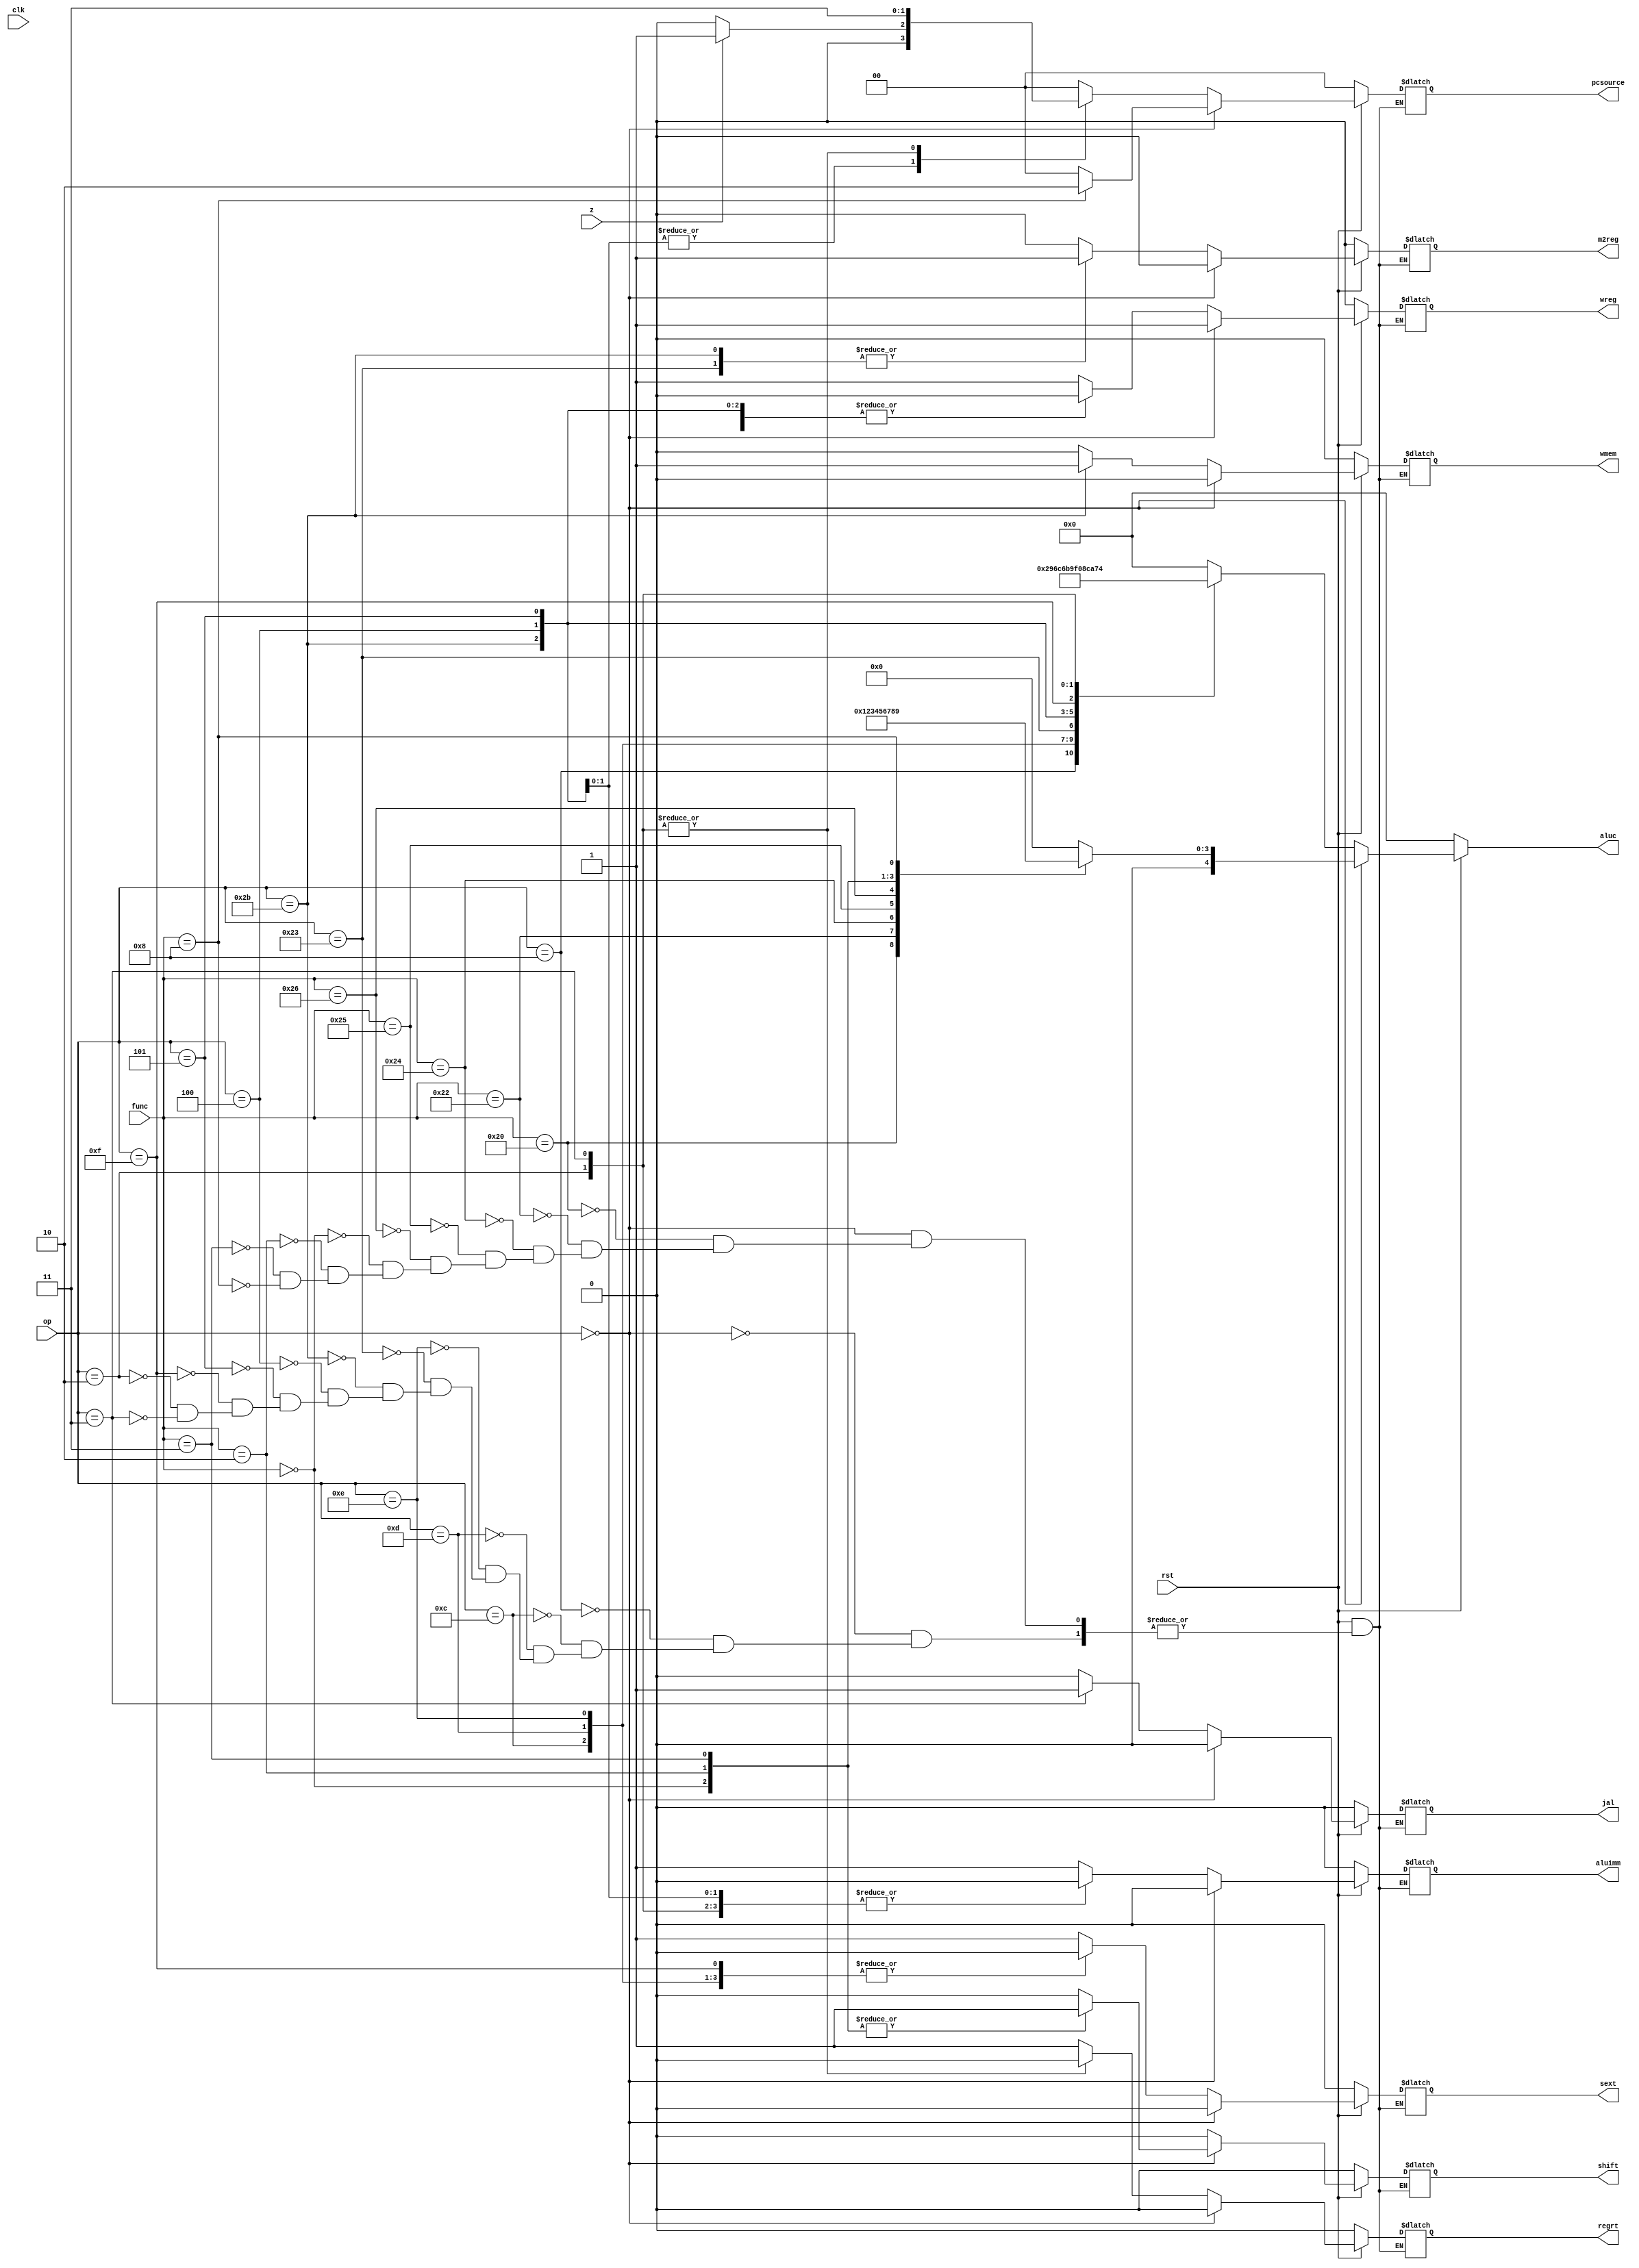
//////////////////////////////////////////////////////////////////////////////////
// Module Name: contorl
//////////////////////////////////////////////////////////////////////////////////

module contorl(
    input clk,rst,
    input [5:0] op,
    input [5:0] func,
    input z,
    output m2reg,
	output [1:0] pcsource,
	output wmem,
	output [4:0] aluc,
	output shift,
	output aluimm,
	output wreg,
	output sext,
	output jal,
	output regrt
 );
    reg m2reg_i, wmem_i, shift_i, aluimm_i, wreg_i, sext_i, jal_i, regrt_i;
	reg [1:0] pcsource_i;
	reg [4:0] aluc_i;
	
	//
	always @(*) begin
	  if(!rst) begin
	    m2reg_i <=0; 
		wmem_i <=0;
		shift_i <=0;
		aluimm_i <=0;
		wreg_i <=0;
		sext_i <=0;
		jal_i <=0;
		regrt_i <=0;
		pcsource_i <=0;
		aluc_i <=0;
	  end
	  
	 //R-type
	  else if(op == 'd0)begin
		case(func)
		//add
		6'b100000: begin
			aluc_i <= 6'd1;
			wreg_i <= 1'b1;
			pcsource_i <= 'd0;
			m2reg_i <= 1'b0;
			shift_i <= 1'b0;
			wmem_i <= 1'b0;
			aluimm_i <= 1'b0;
			sext_i <= 1'b0;
			jal_i <= 1'b0;
			regrt_i <= 1'b0;
			end
		//sub
		6'b100010: begin
			aluc_i <= 6'd2;
			wreg_i <= 1'b1;
			pcsource_i <= 'd0;
			m2reg_i <= 1'b0;
			shift_i <= 1'b0;
			wmem_i <= 1'b0;
			aluimm_i <= 1'b0;
			sext_i <= 1'b0;
			jal_i <= 1'b0;
			regrt_i <= 1'b0;
			end
		//and
		6'b100100: begin
			aluc_i <= 6'd3;
			wreg_i <= 1'b1;
			pcsource_i <= 'd0;
			m2reg_i <= 1'b0;
			shift_i <= 1'b0;
			wmem_i <= 1'b0;
			aluimm_i <= 1'b0;
			sext_i <= 1'b0;
			jal_i <= 1'b0;
			regrt_i <= 1'b0;
			end
		//or
		6'b100101: begin
			aluc_i <= 6'd4;
			wreg_i <= 1'b1;
			pcsource_i <= 'd0;
			m2reg_i <= 1'b0;
			shift_i <= 1'b0;
			wmem_i <= 1'b0;
			aluimm_i <= 1'b0;
			sext_i <= 1'b0;
			jal_i <= 1'b0;
			regrt_i <= 1'b0;
			end
		//xor
		6'b100110: begin
			aluc_i <= 6'd5;
			wreg_i <= 1'b1;
			pcsource_i <= 'd0;
			m2reg_i <= 1'b0;
			shift_i <= 1'b0;
			wmem_i <= 1'b0;
			aluimm_i <= 1'b0;
			sext_i <= 1'b0;
			jal_i <= 1'b0;
			regrt_i <= 1'b0;
			end
		//sll
		6'b000000: begin
			aluc_i <= 6'd6;
			wreg_i <= 1'b1;
			shift_i <= 1'b1;
			pcsource_i <= 'd0;
			m2reg_i <= 1'b0;
			wmem_i <= 1'b0;
			aluimm_i <= 1'b0;
			sext_i <= 1'b0;
			jal_i <= 1'b0;
			regrt_i <= 1'b0;
			end
		//srl
		6'b000010: begin
			aluc_i <= 6'd7;
			wreg_i <= 1'b1;
			shift_i <= 1'b1;
			pcsource_i <= 'd0;
			m2reg_i <= 1'b0;
			wmem_i <= 1'b0;
			aluimm_i <= 1'b0;
			sext_i <= 1'b0;
			jal_i <= 1'b0;
			regrt_i <= 1'b0;
			end
		//sra
		6'b000011: begin
			aluc_i <= 6'd8;
			wreg_i <= 1'b1;
			shift_i <= 1'b1;
			pcsource_i <= 'd0;
			m2reg_i <= 1'b0;
			wmem_i <= 1'b0;
			aluimm_i <= 1'b0;
			sext_i <= 1'b0;
			jal_i <= 1'b0;
			regrt_i <= 1'b0;
			end
		//jr
		6'b001000: begin
			aluc_i <= 6'd9;
			pcsource_i <= 'd2;
			wreg_i <= 1'b1;
			shift_i <= 1'b0;
			m2reg_i <= 1'b0;
			wmem_i <= 1'b0;
			aluimm_i <= 1'b0;
			sext_i <= 1'b0;
			jal_i <= 1'b0;
			regrt_i <= 1'b0;
			end
		//default
		default: aluc_i <= 6'd0;
		endcase
	  end
	  
	 //I-type
	  else begin
	    case(op)
		//addi
		6'b001000: begin
			aluc_i <= 6'd10;
			wreg_i <= 1'b1;
			aluimm_i <= 1'b1;
			regrt_i <= 1'b1;
			shift_i <= 1'b0;
			pcsource_i <= 'd0;
			m2reg_i <= 1'b0;
			wmem_i <= 1'b0;
			sext_i <= 1'b1;
			jal_i <= 1'b0;
			end
		//andi
		6'b001100: begin
			aluc_i <= 6'd11;
			wreg_i <= 1'b1;
			aluimm_i <= 1'b1;
			regrt_i <= 1'b1;
			shift_i <= 1'b0;
			pcsource_i <= 'd0;
			m2reg_i <= 1'b0;
			wmem_i <= 1'b0;
			sext_i <= 1'b0;
			jal_i <= 1'b0;
			end
		//ori
		6'b001101: begin
			aluc_i <= 6'd12;
			wreg_i <= 1'b1;
			aluimm_i <= 1'b1;
			regrt_i <= 1'b1;
			shift_i <= 1'b0;
			pcsource_i <= 'd0;
			m2reg_i <= 1'b0;
			wmem_i <= 1'b0;
			sext_i <= 1'b0;
			jal_i <= 1'b0;
			end
		//xori
		6'b001110: begin
			aluc_i <= 6'd13;
			wreg_i <= 1'b1;
			aluimm_i <= 1'b1;
			regrt_i <= 1'b1;
			shift_i <= 1'b0;
			pcsource_i <= 'd0;
			m2reg_i <= 1'b0;
			wmem_i <= 1'b0;
			sext_i <= 1'b0;
			jal_i <= 1'b0;
			end
		//lw
		6'b100011: begin
			aluc_i <= 6'd14;
			wmem_i <= 1'b0;
			wreg_i <= 1'b1;
			aluimm_i <= 1'b1;
			regrt_i <= 1'b1;
			m2reg_i <= 1'b1;
			sext_i <= 1'b1;
			shift_i <= 1'b0;
			pcsource_i <= 'd0;

			jal_i <= 1'b0;
			end
		//sw
		6'b101011: begin
			aluc_i <= 6'd15;
			wmem_i <= 1'b1;
			wreg_i <= 1'b0;
			aluimm_i <= 1'b1;
			regrt_i <= 1'b1;
			m2reg_i <= 1'b1;
			sext_i <= 1'b1;
			shift_i <= 1'b0;
			pcsource_i <= 'd0;
			jal_i <= 1'b0;
			end
		//beq
		6'b000100: begin
			aluc_i <= 6'd16;
			sext_i <= 1'b1;
			regrt_i <= 1'b1;
			wmem_i <= 1'b0;
			wreg_i <= 1'b0;
			aluimm_i <= 1'b0;
			m2reg_i <= 1'b0;
			shift_i <= 1'b0;
			jal_i <= 1'b0;
			pcsource_i <= (z)? 'd1 : 'd0;
			end
		//bne
		6'b000101: begin
			aluc_i <= 6'd17;
			sext_i <= 1'b1;
			regrt_i <= 1'b1;
			wmem_i <= 1'b0;
			wreg_i <= 1'b0;
			aluimm_i <= 1'b0;
			m2reg_i <= 1'b0;
			shift_i <= 1'b0;
			jal_i <= 1'b0;
			pcsource_i <= (z)? 'd1 : 'd0;
			end
		//lui
		6'b001111: begin
			aluc_i <= 6'd18;
			wreg_i <= 1'b1;
			aluimm_i <= 1'b1;
			regrt_i <= 1'b1;
			shift_i <= 1'b0;
			pcsource_i <= 'd0;
			m2reg_i <= 1'b0;
			wmem_i <= 1'b0;
			sext_i <= 1'b0;
			jal_i <= 1'b0;
			end
		//J-type
		//j
		6'b000010: begin
			aluc_i <= 6'd19;
			pcsource_i <= 'd3;
			wreg_i <= 1'b0;
			shift_i <= 1'b0;
			m2reg_i <= 1'b0;
			wmem_i <= 1'b0;
			aluimm_i <= 1'b0;
			sext_i <= 1'b0;
			jal_i <= 1'b0;
			regrt_i <= 1'b0;
			end
		//jal
		6'b000011: begin
			aluc_i <= 6'd20;
			pcsource_i <= 'd3;
			wreg_i <= 1'b1;
			jal_i <= 1'b1;
			shift_i <= 1'b0;
			m2reg_i <= 1'b0;
			wmem_i <= 1'b0;
			aluimm_i <= 1'b0;
			sext_i <= 1'b0;
			regrt_i <= 1'b0;
			end
		//default
		default : aluc_i <= 6'd0;
		endcase
	  end
	end
    
	assign m2reg = m2reg_i;
	assign wmem = wmem_i;
	assign shift = shift_i;
	assign aluimm = aluimm_i;
	assign wreg = wreg_i;
	assign sext = sext_i;
	assign jal = jal_i;
	assign regrt = regrt_i;
	assign pcsource = pcsource_i;
	assign aluc = aluc_i;
	
endmodule